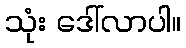
သုံး ဒေါ်လာပါ။